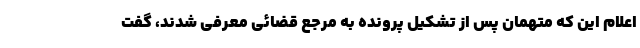
اعلام این که متهمان پس از تشکیل پرونده به مرجع قضائی معرفی شدند، گفت